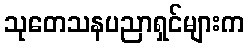
သုတေသနပညာရှင်များက